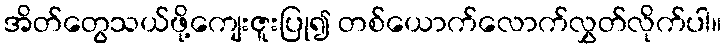
အိတ်တွေသယ်ဖို့ကျေးဇူးပြု၍ တစ်ယောက်လောက်လွှတ်လိုက်ပါ။